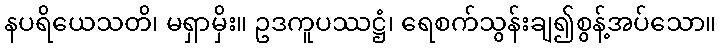
နပရိယေသတိ၊ မရှာမှိး။ ဥဒကူပဿဋ္ဌံ၊ ရေစက်သွန်းချ၍စွန့်အပ်သော။